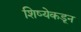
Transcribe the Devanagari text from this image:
शिष्येकडून